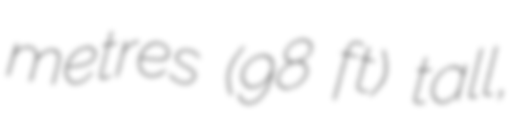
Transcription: metres (98 ft) tall,